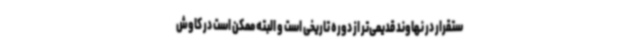
ستقرار در نهاوند قدیمی‌تر از دوره تاریخی است و البته ممکن است در کاوش